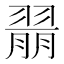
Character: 𱻝